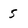
Character: 5